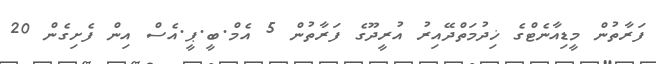
ފަރާތުން މީޑިއާނެޓްގެ ޚިދުމަތްދޭއިރު އުރީދޫގެ ފަރާތުން 5 އެމް.ބީ.ޕީ.އެސް އިން ފެށިގެން 20